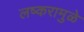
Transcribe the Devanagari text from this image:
लष्करामुळे